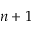
n + 1